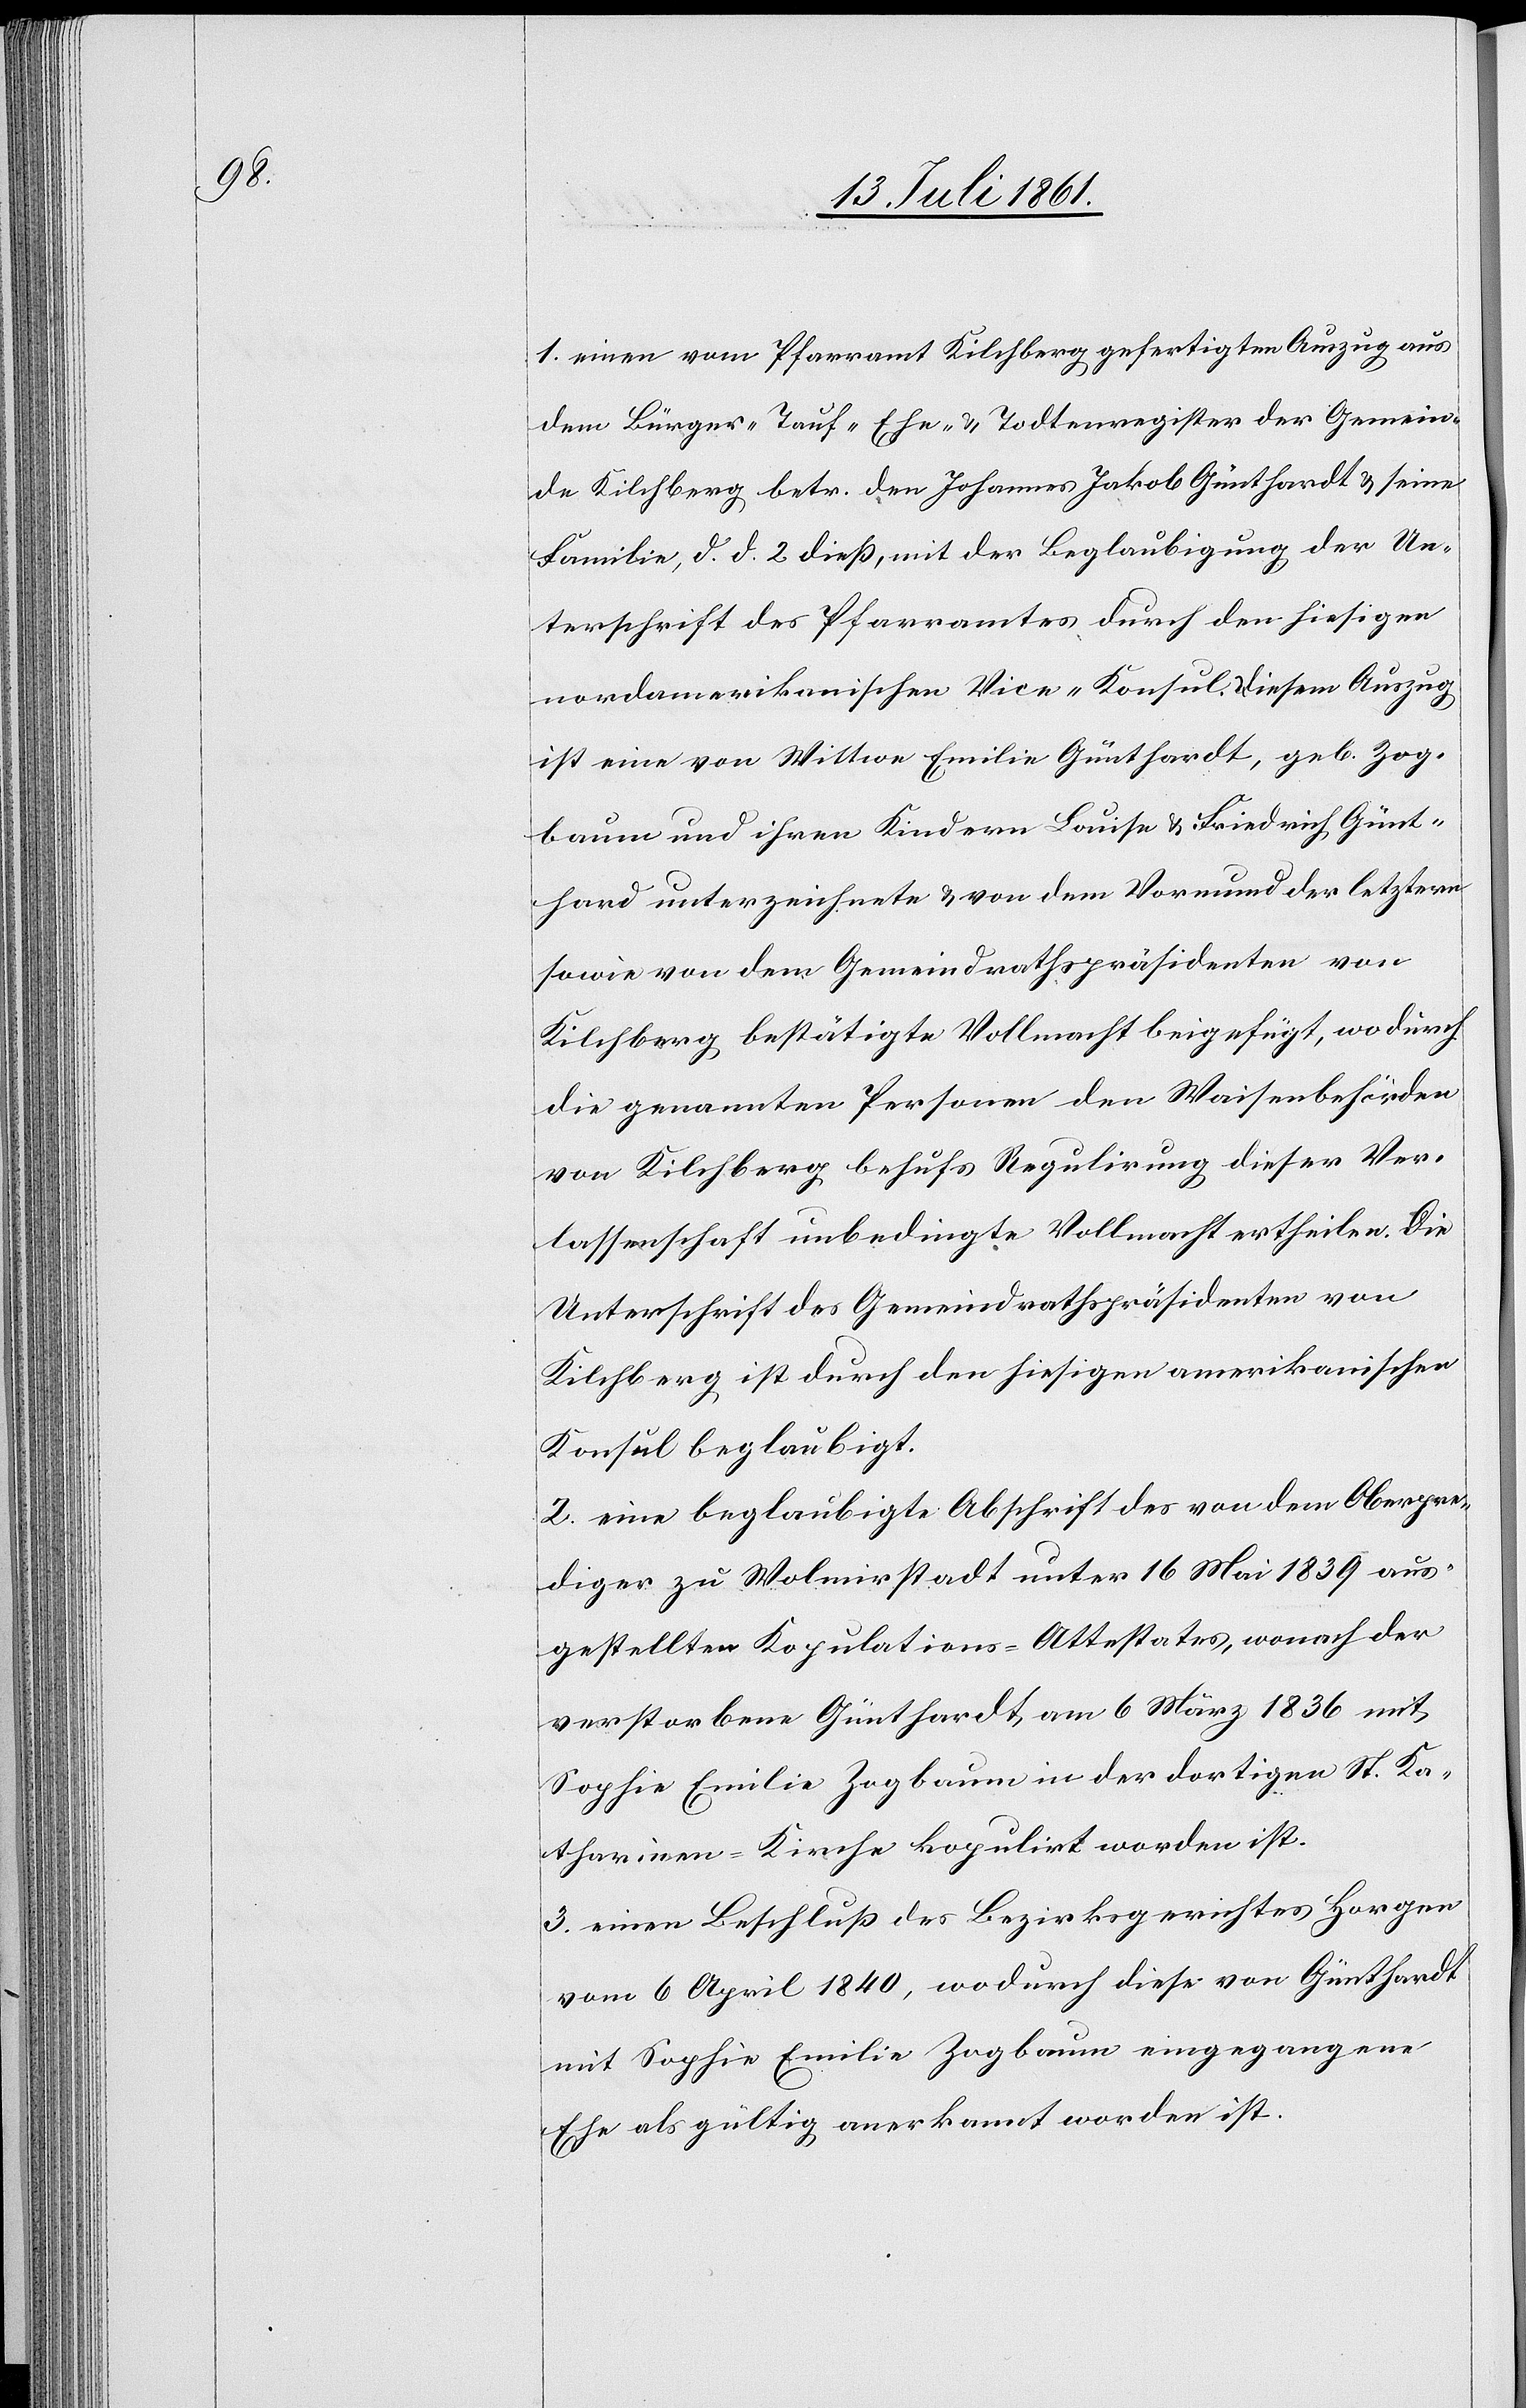
1. einen vom Pfarramt Kilchberg gefertigten Auszug aus
dem Bürger- Tauf- Ehe- u Todtenregister der Gemein¬
de Kilchberg betr. den Johannes Jakob Günthardt u. seine
Familie, d. d. 2 dieß, mit der Beglaubigung der Un¬
terschrift des Pfarramtes durch den hiesigen
nordamerikanischen Vice-Konsul. diesem Auszug
ist eine von Wittwe Emilie Günthardt, geb. Zog¬
baum und ihren Kindern Louise u. Friedrich Günt¬
hard u. nterzeichnete u. von dem Vormund der letztern
sowie von dem Gemeindrathspräsidenten von
Kilchberg bestätigte Vollmacht beigefügt, wodurch
die genannten Personen den Waisenbehörden
von Kilchberg behufs Regulirung dieser Ver¬
lassenschaft unbedingte Vollmacht ertheile. Die
Unterschrift des Gemeindrathspräsidenten von
Kilchberg ist durch den hiesigen amerikanischen
Konsul beglaubigt.
2. eine beglaubigte Abschrift des von dem Oberpre¬
diger zu Wolmirstadt unter 16 Mai 1839 aus¬
gestellten Kopulations-Attestates, wonach der
verstorbene Günthardt, am 6 März 1836 mit
Sophie Emilie Zagbaum in der dortigen St. Ka¬
tharinen-Kirche kopulirt worden ist.
3. einen Beschluß des Bezirksgerichtes Horgen
vom 6 April 1840, wodurch diese von Günthardt
mit Sophie Emilie Zagbaum eingegangene
Ehe als gültig anerkannt worden ist.